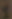
و